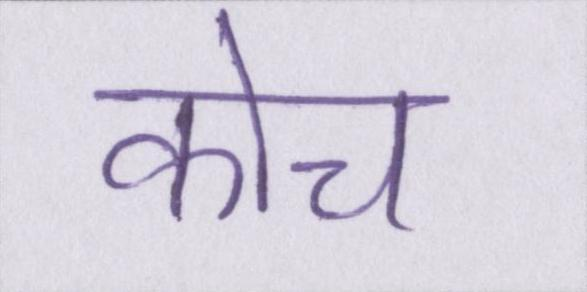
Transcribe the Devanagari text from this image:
कोच